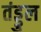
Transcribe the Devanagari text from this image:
तंड्डुल